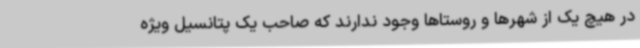
در هیچ یک از شهرها و روستاها وجود ندارند که صاحب یک پتانسیل ویژه